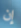
إن